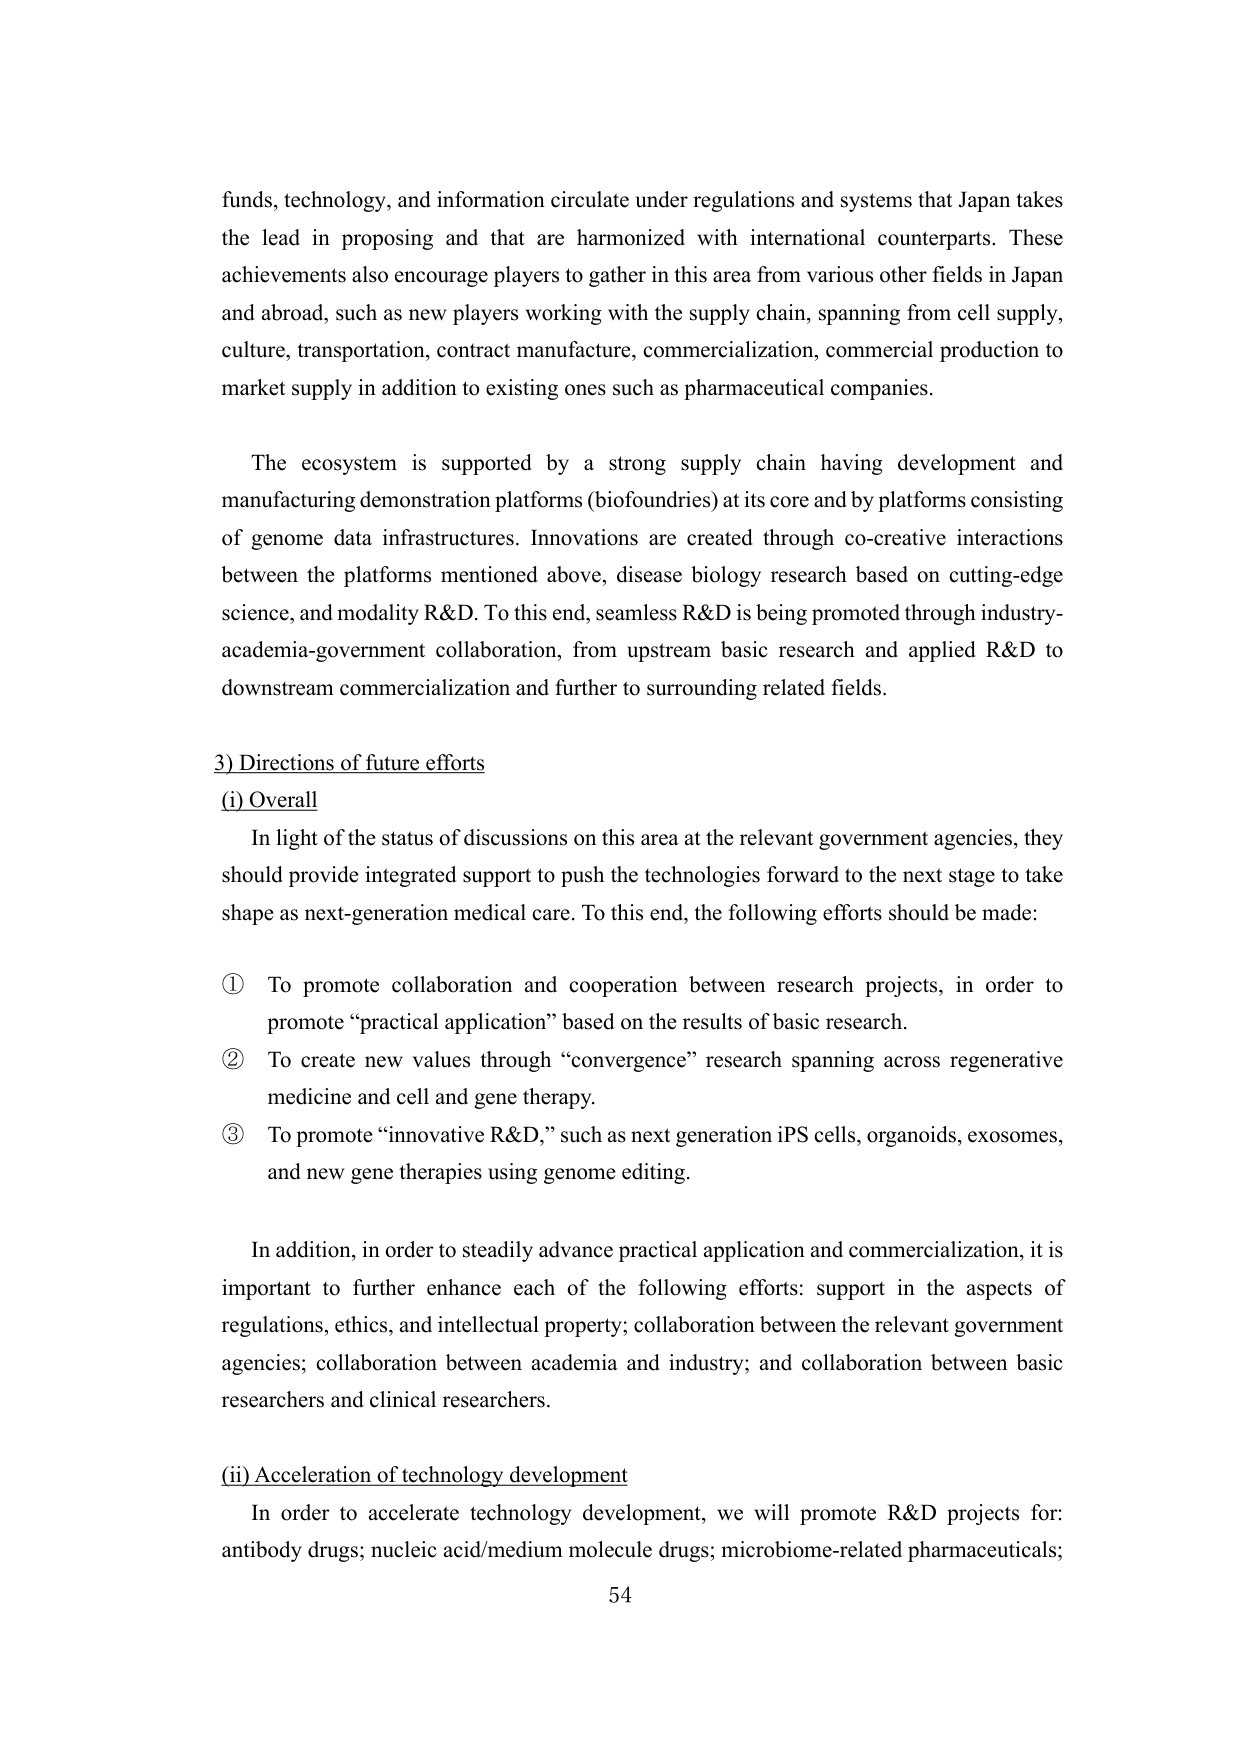
funds, technology, and information circulate under regulations and systems that Japan takes the lead in proposing and that are harmonized with international counterparts. These achievements also encourage players to gather in this area from various other fields in Japan and abroad, such as new players working with the supply chain, spanning from cell supply, culture, transportation, contract manufacture, commercialization, commercial production to market supply in addition to existing ones such as pharmaceutical companies.

The ecosystem is supported by a strong supply chain having development and manufacturing demonstration platforms (biofoundries) at its core and by platforms consisting of genome data infrastructures. Innovations are created through co-creative interactions between the platforms mentioned above, disease biology research based on cutting-edge science, and modality R&D. To this end, seamless R&D is being promoted through industry-academia-government collaboration, from upstream basic research and applied R&D to downstream commercialization and further to surrounding related fields.

3) Directions of future efforts
(i) Overall
In light of the status of discussions on this area at the relevant government agencies, they should provide integrated support to push the technologies forward to the next stage to take shape as next-generation medical care. To this end, the following efforts should be made:

① To promote collaboration and cooperation between research projects, in order to promote “practical application” based on the results of basic research.
② To create new values through “convergence” research spanning across regenerative medicine and cell and gene therapy.
③ To promote “innovative R&D,” such as next generation iPS cells, organoids, exosomes, and new gene therapies using genome editing.

In addition, in order to steadily advance practical application and commercialization, it is important to further enhance each of the following efforts: support in the aspects of regulations, ethics, and intellectual property; collaboration between the relevant government agencies; collaboration between academia and industry; and collaboration between basic researchers and clinical researchers.

(ii) Acceleration of technology development
In order to accelerate technology development, we will promote R&D projects for: antibody drugs; nucleic acid/medium molecule drugs; microbiome-related pharmaceuticals;

54